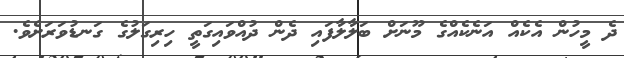
ދެ މީހުން އެކެއް އަނެކެއްގެ މޫނަށް ބަލާލާފައި ދެން ދުއްވައިގަތީ ހިރިގަލުގެ ގަނޑުވަރަށެވެ.